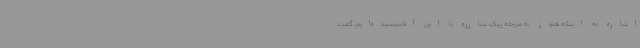
اشاره به اینکه هنوز به مرحله پیک مبارزه با این آفتنرسیده‌ایم، گفت: